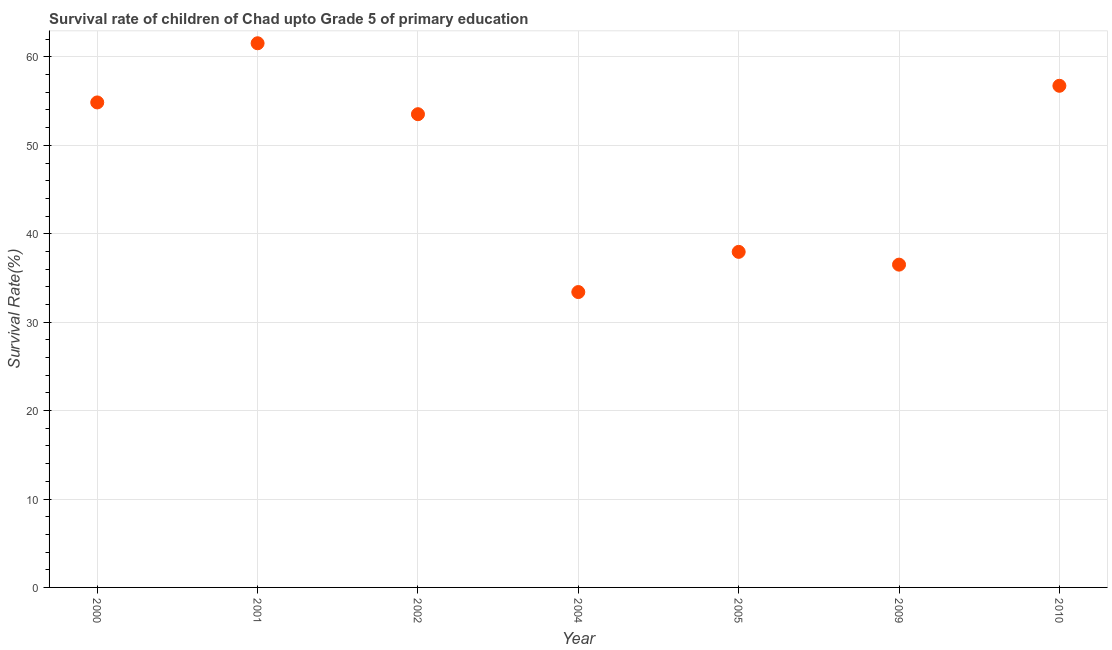
| Year | Survival rate |
 | --- | --- |
 | 2000 | 54.9 |
 | 2001 | 61.5 |
 | 2002 | 53.5 |
 | 2004 | 33.4 |
 | 2005 | 38 |
 | 2009 | 36.5 |
 | 2010 | 56.7 |